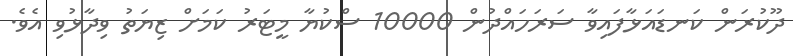
ދޫކުރަން ކަނޑައަޅާފައިވާ ސަރަހައްދުން 10000 ސްކުޔާ މީޓަރު ކަމަށް ޒިޔަތު ވިދާޅުވި އެވެ.